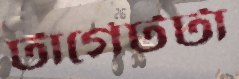
টার্গেটটা